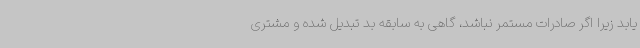
یابد زیرا اگر صادرات مستمر نباشد، گاهی به سابقه بد تبدیل شده و مشتری